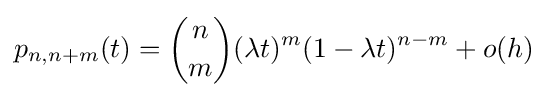
p_{n,n+m}(t)={\binom {n}{m}}(\lambda t)^{m}(1-\lambda t)^{n-m}+o(h)